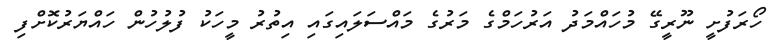
ހޯރަފުށީ ނޫރީގޭ މުހައްމަދު އަރުހަމްގެ މަރުގެ މައްސަލައިގައި އިތުރު މީހަކު ފުލުހުން ހައްޔަރުކޮށްފި